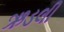
ઋડલી